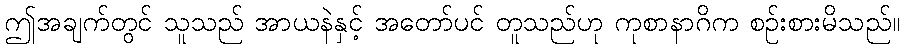
ဤအချက်တွင် သူသည် အာယနဲနှင့် အတော်ပင် တူသည်ဟု ကုစာနာဂိက စဉ်းစားမိသည်။